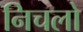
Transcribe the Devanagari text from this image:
निचलो